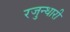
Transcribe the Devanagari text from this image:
रजुन्धारी